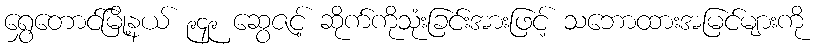
ရွှေတောင်မြို့နယ် ၉၄၉ ဆွေဇင့် ဆိုက်ကိုသုံးခြင်းအားဖြင့် သဘောထားအမြင်များကို